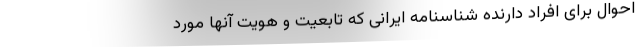
احوال برای افراد دارنده شناسنامه ایرانی که تابعیت و هویت آنها مورد